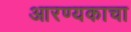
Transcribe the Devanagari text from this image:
आरण्यकाचा